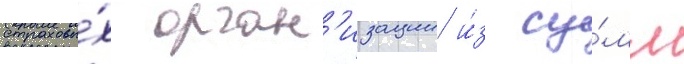
страховы́х орган'изации и́з су́мм